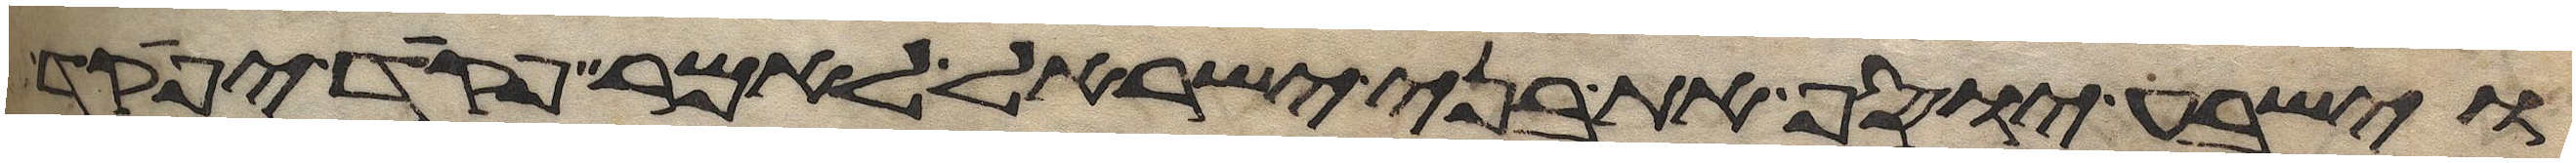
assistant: וישביע יוסף את בני ישראל לאמר פקד יפקד